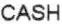
CASH